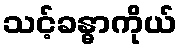
သင့်ခန္ဓာကိုယ်